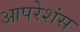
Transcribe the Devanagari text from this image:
आपरेशंस